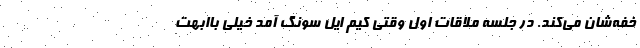
خفه‌شان می‌کند. در جلسه ملاقات اول وقتی کیم ایل سونگ آمد خیلی باابهت